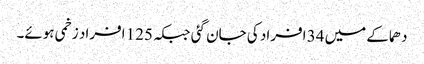
دھماکے میں 34 افراد کی جان گئی جبکہ 125 افراد زخمی ہوئے۔